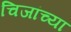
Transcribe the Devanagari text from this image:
चिजांच्या